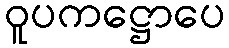
ဝူပကဋ္ဌောပေ